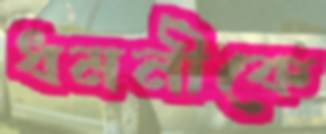
ধমনীকে